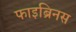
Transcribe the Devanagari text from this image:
फाइब्रिनस